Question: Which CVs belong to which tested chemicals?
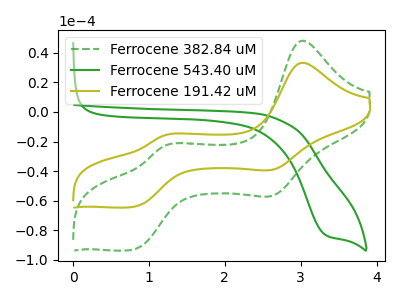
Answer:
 <answer>The green dashed curve is labeled "Ferrocene 382.84 uM". The green curve is labeled "Ferrocene 543.40 uM". The olive curve is labeled "Ferrocene 191.42 uM".</answer>
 <eval></eval>